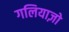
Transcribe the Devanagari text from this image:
गलियाज़ो